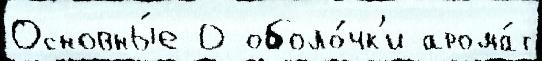
Основны́е 0 оболо́чк'и арома́т